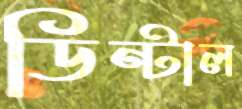
ডিন্টাল